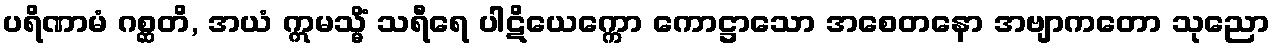
ပရိဏာမံ ဂစ္ဆတိ, အယံ ဣမသ္မိံ သရီရေ ပါဋိယေက္ကော ကောဋ္ဌာသော အစေတနော အဗျာကတော သုညော